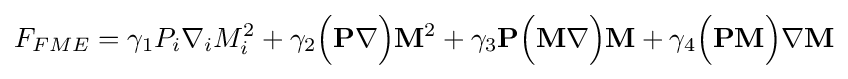
F_{FME}=\gamma _{1}P_{i}\nabla _{i}M_{i}^{2}+\gamma _{2}{\Bigl (}{\mathbf {P}}\nabla {\Bigr )}{\mathbf {M}}^{2}+\gamma _{3}{\mathbf {P}}{\Bigl (}{\mathbf {M}}\nabla {\Bigr )}{\mathbf {M}}+\gamma _{4}{\Bigl (}{\mathbf {P}}{\mathbf {M}}{\Bigr )}\nabla {\mathbf {M}}